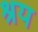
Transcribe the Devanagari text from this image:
श्रय